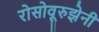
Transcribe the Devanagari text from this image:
रोसोवूरुझेनी